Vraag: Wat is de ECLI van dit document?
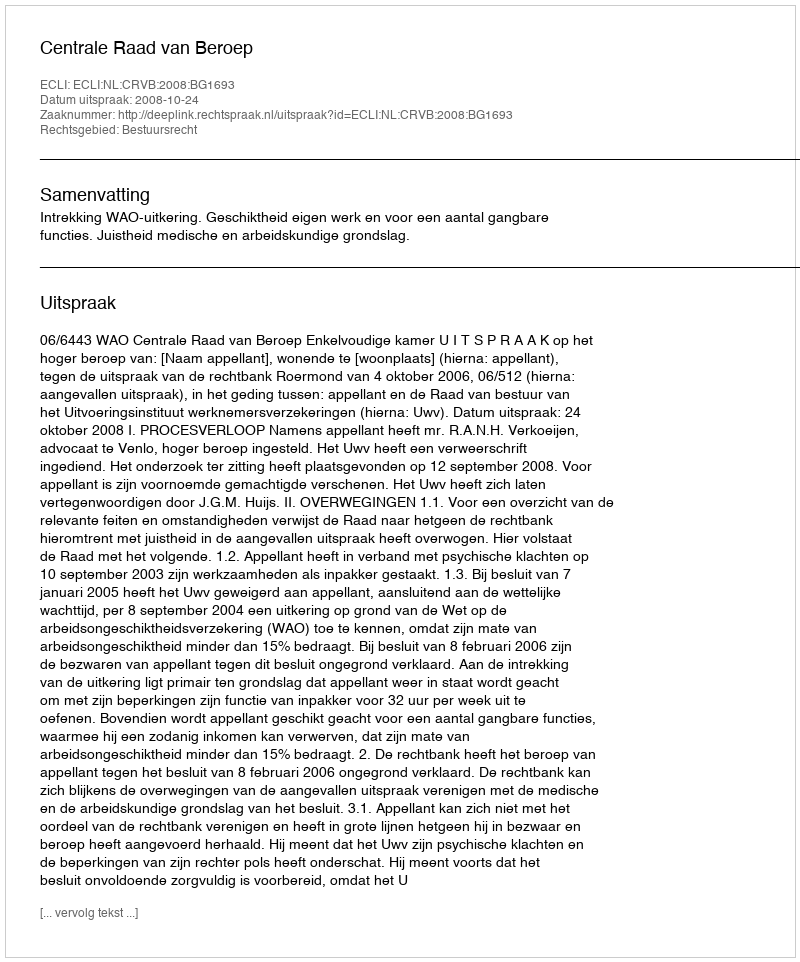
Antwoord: ECLI:NL:CRVB:2008:BG1693